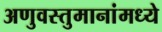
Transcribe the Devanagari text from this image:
अणुवस्तुमानांमध्ये